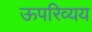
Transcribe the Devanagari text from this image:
ऊपरिव्यय